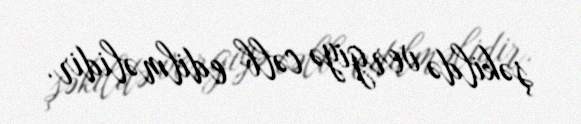
şəkildə vergiyə cəlb edilməlidir.